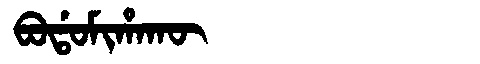
Manchu: ᠪᠣᡩᠣᠮᡳᡥᠠᡴᡡ
Romanization: BODOMIHAKŪ